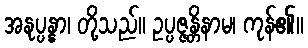
အနုပ္ပန္နာ၊ တို့သည်။ ဥပ္ပဇ္ဇန္တိနာမ၊ ကုန်၏။